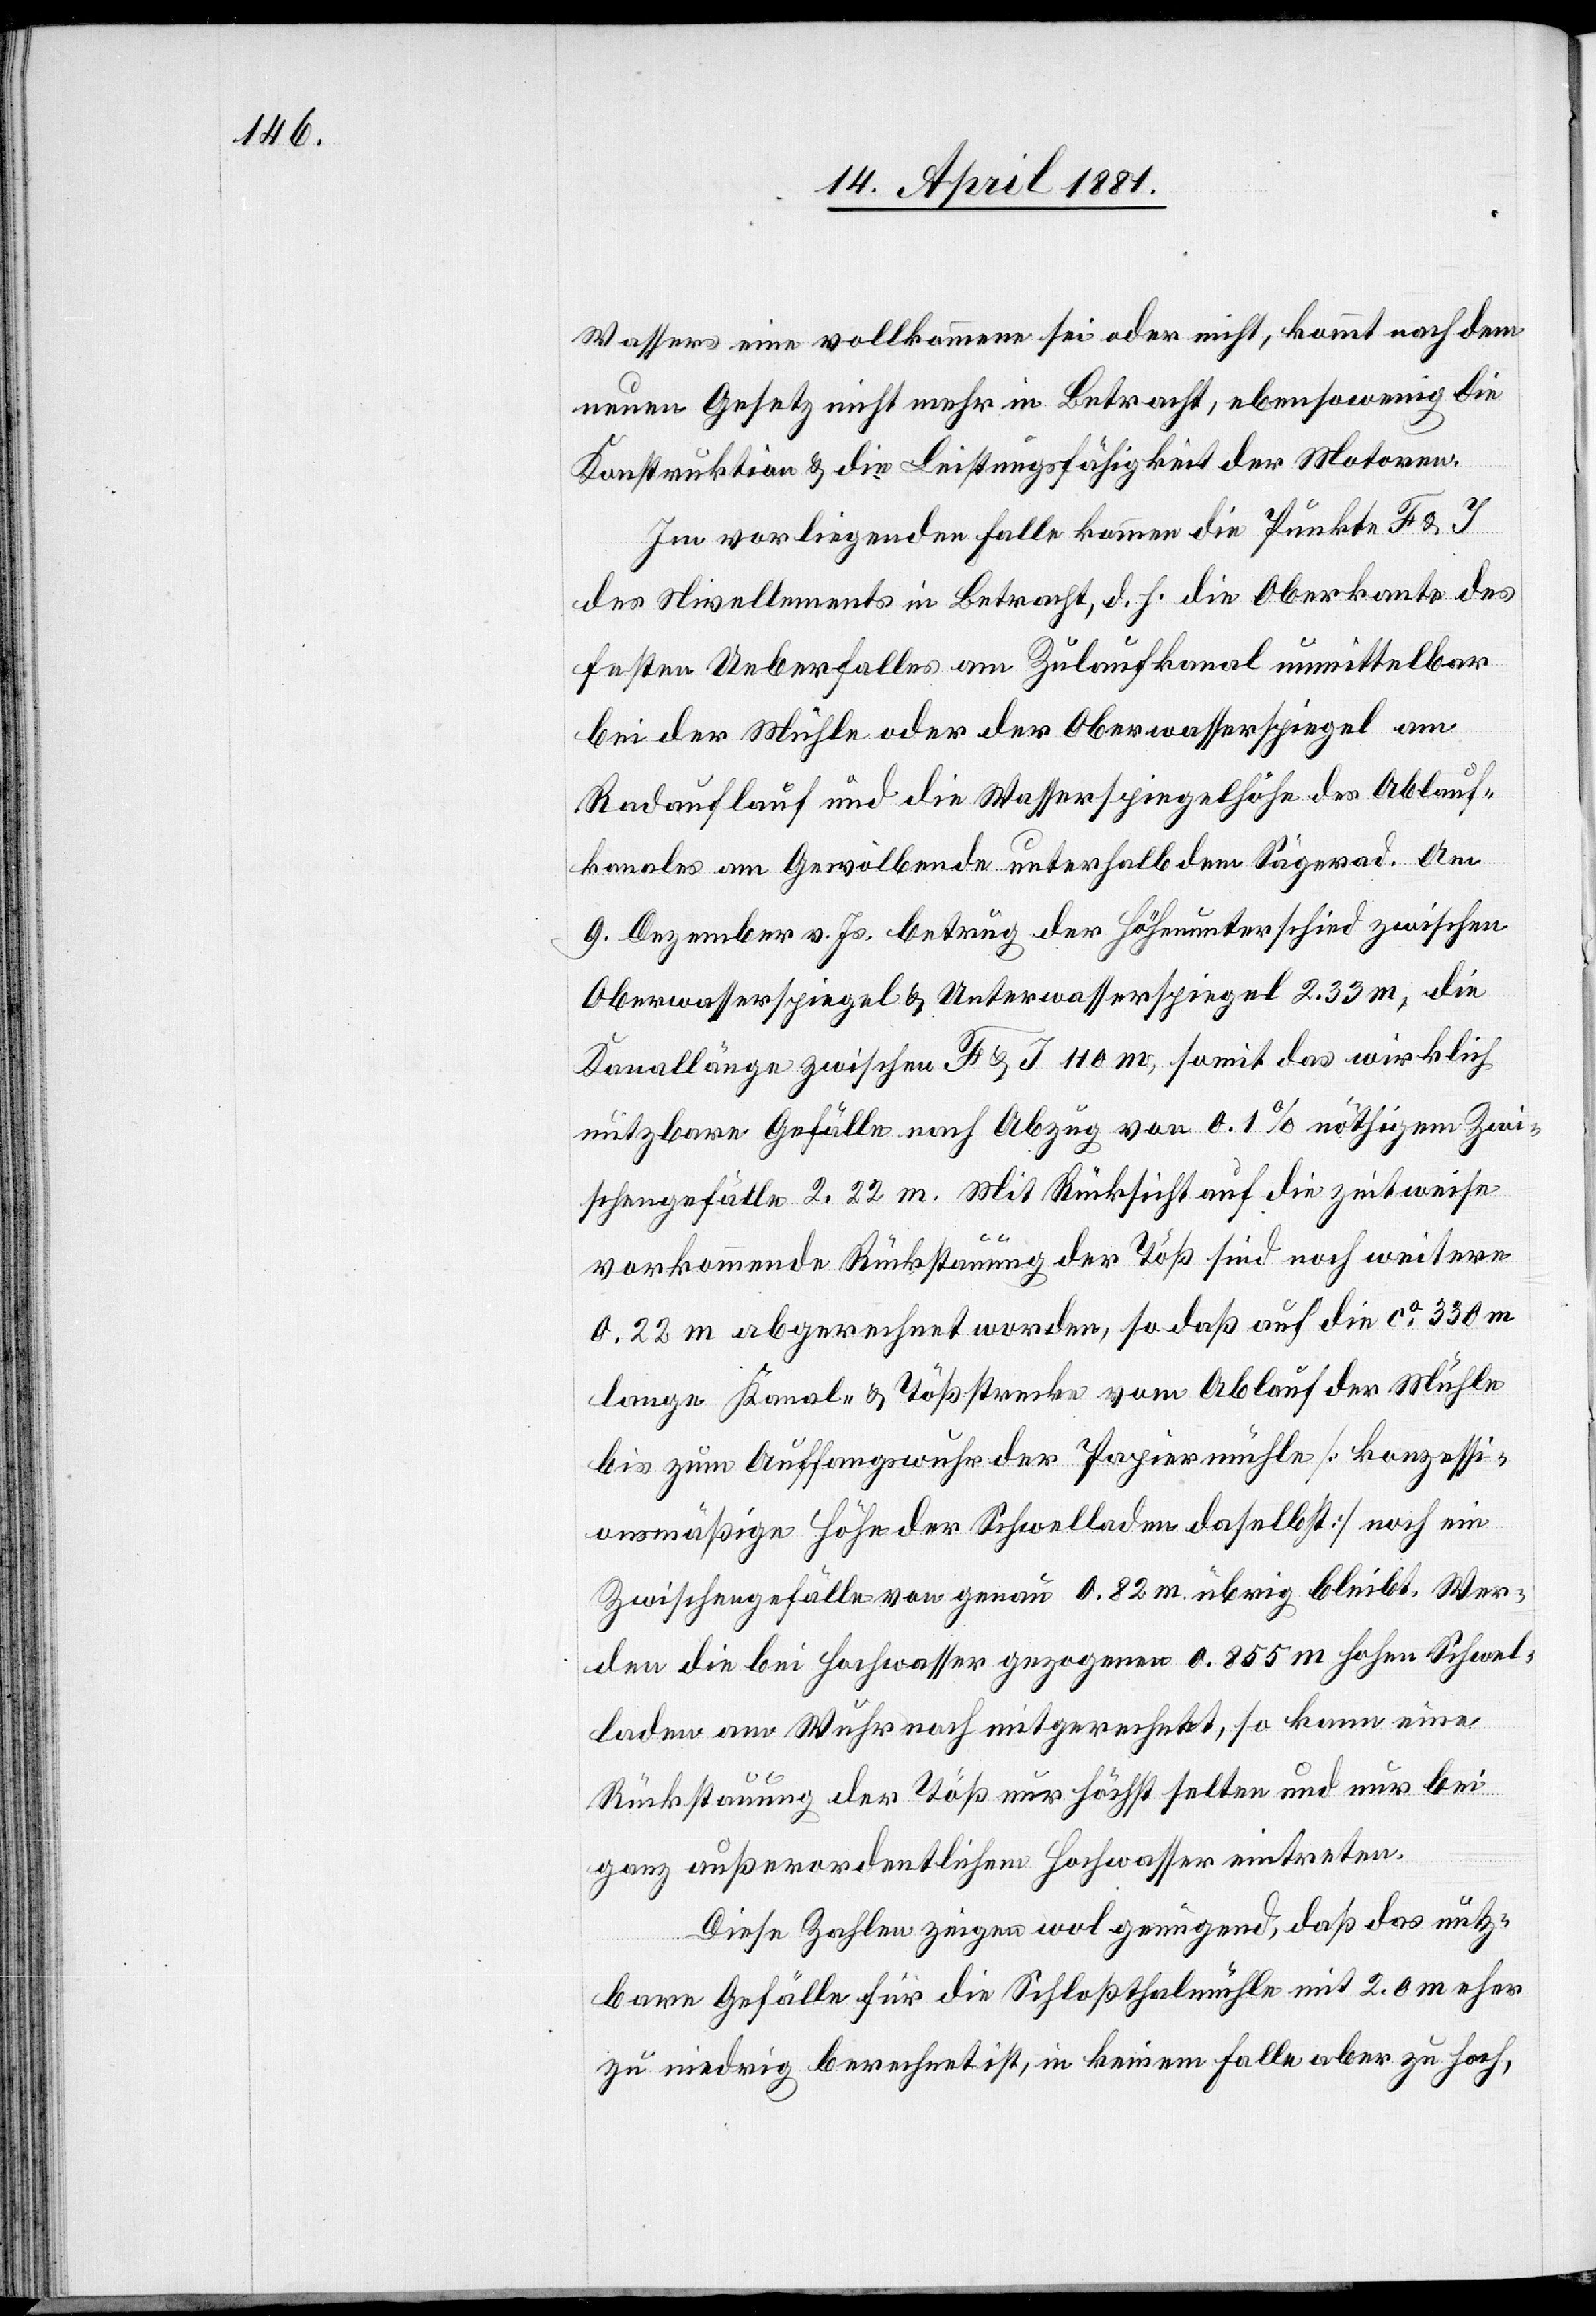
Wassers eine vollkommene sei oder nicht, kommt nach dem
neuen Gesetz nicht mehr in Betracht, ebensowenig die
Konstruktion & die Leistungsfähigkeit der Motoren.
Im vorliegenden Falle kommen die Punkte F & G
des Nivellements in Betracht, d. h. die Oberkante des
festen Ueberfalles am Zulaufkanal unmittelbar
bei der Mühle oder der Oberwasserspiegel am
Radauflauf und die Wasserspiegelhöhe des Ablauf¬
kanals am Gewölbende unterhalb dem Sägerad. Am
9. Dezember v. Js. betrug der Höhenunterschied zwischen
Oberwasserspiegel & Unterwasserspiegel 2.33 m, die
Kanallänge zwischen F & J 110 m, somit das wirklich
nutzbare Gefälle nach Abzug von 0.1% nöthigem Zwi¬
schengefälle 2.22 m. Mit Rücksicht auf die zeitweise
vorkommende Rückstauung der Töß sind noch weitere
0.22 m abgerechnet worden, sodaß auf die ca 330 m
lange Kanal- & Tößstrecke vom Ablauf der Mühle
bis zum Auffangswuhr der Papiermühle [Konzessi¬
onsmäßige Höhe der Schwelladen daselbst] noch ein
Zwischengefälle von genau 0.82 m übrig bleibt. Wer¬
den die bei Hochwasser gezogenen 0.855 m hohe Schwel¬
laden am Wuhr noch mitgerechnet, so kann eine
Rückstauung der Töß nur höchst selten und nur bei
ganz außerordentlichem Hochwasser eintreten.
Diese Zahlen zeigen wol genügend, daß das nutz¬
bare Gefälle für die Schloßthalmühle mit 2.0 m eher
zu niedrig berechnet ist, in keinem Falle aber zu hoch,